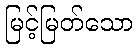
မြင့်မြတ်သော